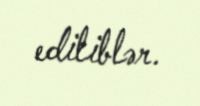
ediliblər.